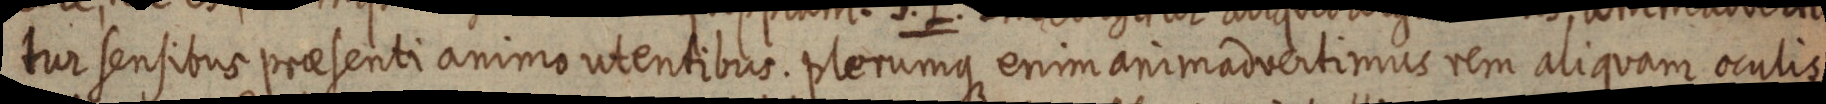
tur sensibus praesenti animo utentibus. plerumque enim animadvertimus rem aliquam oculis